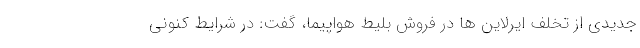
جدیدی از تخلف ایرلاین ها در فروش بلیط هواپیما، گفت: در شرایط کنونی